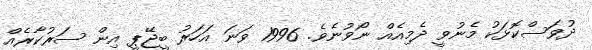
ދުވަސްކޮޅަކު މެނުވީ ދެމިއެއް ނޯވުނެވެ. 1996 ވަނަ އަހަރު ބީޖޭޕީ އިން ސަރުކާރެއް